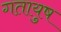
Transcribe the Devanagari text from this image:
गतायुष